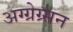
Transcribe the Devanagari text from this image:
अग्ग्रेग्र्सन